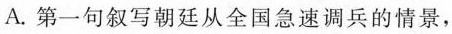
A.第一句叙写朝廷从全国急速调兵的情景，